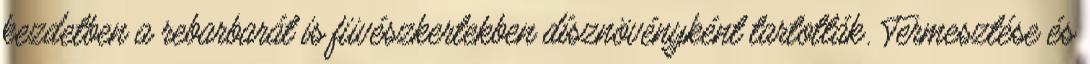
kezdetben a rebarbarát is füvészkertekben dísznövényként tartották. Termesztése és